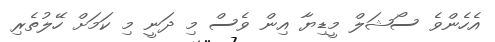
އެހެންވެ ސޯޝަލް މީޑިޔާ އިން ވެސް މި ދަނީ މި ކަމަށް ހޭލުތެރި